Lunatic asylums Madras 1877-1891 - 1877-1891
Year: 1877
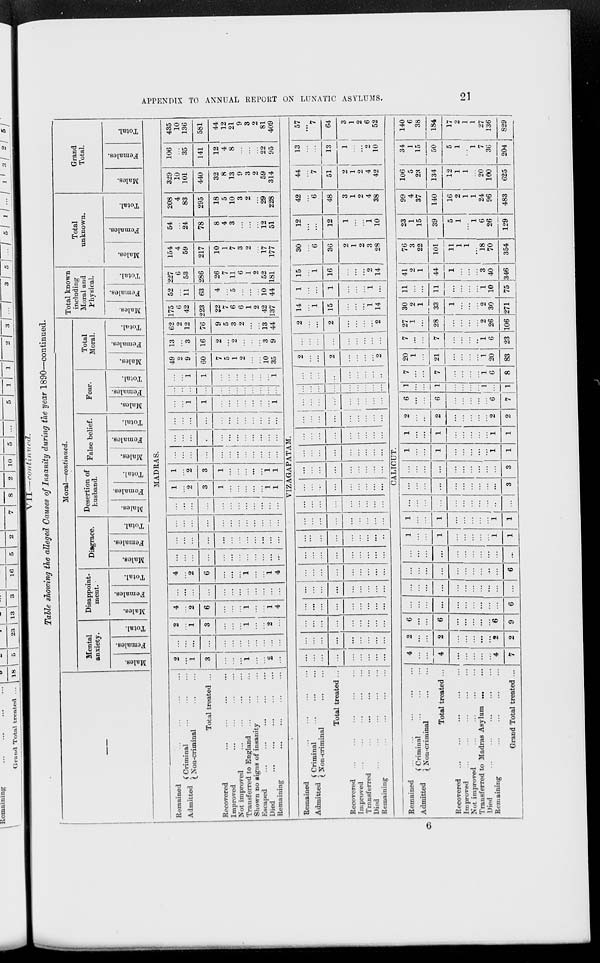
APPENDIX TO ANNUAL REPORT ON LUNATIC ASYLUMS.
21
VII—
continued.
Table showing the alleged Causes of Insanity during the year 1890—continued.
—
Moral—continued.
Mental
anxiety.
Males.
Females.
Total.
Disappoint-
ment.
Males.
Females.
Total.
Disgrace.
Males.
Females.
Total.
Desertion of
husband.
Males.
Females.
Total.
False belief.
Males.
Females.
Total.
Fear.
Males.
Females.
Total.
Total
Moral.
Males.
Females.
Total.
Total known
including
Moral and
Physical.
Males.
Females.
Total.
Total
unknown.
Males.
Females.
Total.
Grand
Total.
Males.
Females.
Total.
MADRAS.
Remained ... ... ... ...
Admitted Criminal
...
...
...
Non-criminal ... ...
Total treated ...
Recovered ... ... ... ...
Improved
...
...
...
...
Not improved
...
...
...
...
Transferred to England
...
...
...
Shown no signs of insanity ... ...
Escaped ... ... ... ... ...
Died ... ... ... ... ...
Remaining
...
...
...
...
2
...
1
3
...
...
...
1
...
...
2
...
...
...
...
...
...
...
...
...
...
...
...
...
2
...
1
3
...
...
...
1
...
...
2
...
4
...
2
6
...
...
...
1
...
...
1
4
...
...
...
...
...
...
...
...
...
...
...
...
4
...
2
6
...
...
...
1
...
...
1
4
...
...
...
...
...
...
...
...
...
...
...
...
...
...
...
...
...
...
...
...
...
...
...
...
...
...
...
...
...
...
...
...
...
...
...
...
...
...
...
...
...
...
...
...
...
...
...
...
1
...
2
3
1
...
...
...
...
...
1
1
1
...
2
3
1
...
...
...
...
...
1
1
...
...
...
...
...
...
...
...
...
...
...
...
...
...
...
...
...
...
...
...
...
...
...
...
...
...
...
...
...
...
...
...
...
...
...
...
...
...
1
1
...
...
...
...
...
...
...
1
...
...
...
...
...
...
...
...
...
...
...
...
...
...
1
1
...
...
...
...
...
...
...
1
49
2
9
60
7
5
1
2
...
...
10
35
13
...
3
16
2
...
2
...
...
...
3
9
62
2
12
76
9
5
3
2
...
...
13
44
175
6
42
223
22
7
6
6
1
2
42
137
52
...
11
63
4
...
5
...
...
...
10
44
227
6
53
286
26
7
11
6
1
2
52
181
154
4
59
217
10
1
7
3
2
...
17
177
54
...
24
78
8
4
3
...
...
...
12
51
208
4
83
295
18
5
10
3
2
...
29
228
329
10
101
440
32
8
13
9
3
2
59
314
106
...
35
141
12
4
8
...
...
...
22
95
435
10
136
581
44
12
21
9
3
2
81
409
VIZAGAPATAM.
Remained
...
...
...
...
Admitted Criminal ... ... ...
Non-criminal
...
...
Total treated ...
Recovered
...
...
...
...
...
Improved ... ... ... ... ...
Transferred
...
...
...
...
Died
...
...
...
...
...
Remaining
...
...
...
...
...
...
...
...
...
...
...
...
...
...
...
...
...
...
...
...
...
...
...
...
...
...
...
...
...
...
...
...
...
...
...
...
...
...
...
...
...
...
...
...
...
...
...
...
...
...
...
...
...
...
...
...
...
...
...
...
...
...
...
...
...
...
...
...
...
...
...
...
...
...
...
...
...
...
...
...
...
...
...
...
...
...
...
...
...
...
...
...
...
...
...
...
...
...
...
...
...
...
...
...
...
...
...
...
...
...
...
...
...
...
...
...
...
...
...
...
...
...
...
...
...
...
...
...
...
...
...
...
...
...
...
...
...
...
...
...
...
...
...
...
...
...
...
...
...
...
...
...
...
...
...
...
...
...
...
...
...
...
...
...
...
...
2
...
...
2
...
...
...
...
2
...
...
...
...
...
...
...
...
...
2
...
...
2
...
...
...
...
2
14
...
1
15
...
...
...
1
14
1
...
...
1
...
...
...
1
...
15
...
1
16
...
...
...
2
14
30
...
6
36
2
1
2
3
28
12
...
...
12
1
...
...
1
10
42
...
6
48
3
1
2
4
38
44
...
7
51
2
1
2
4
42
13
...
...
13
1
...
...
2
10
57
...
7
64
3
1
2
6
52
CALICUT.
Remained
...
...
...
...
...
Admitted
Criminal
...
...
...
Non-criminal
...
...
Total treated ...
Recovered ... ... ... ... ...
Improved
...
...
...
...
...
Not improved
...
...
...
...
Transferred to Madras Asylant ... ...
Died
...
...
...
...
...
Remaining
...
...
...
...
Grand Total treated ...
4
...
...
4
...
...
...
...
...
4
7
2
...
...
2
...
...
...
...
...
2
2
6
...
...
6
...
...
...
...
...
6
9
...
...
...
...
...
...
...
...
...
...
6
...
...
...
...
...
...
...
...
...
...
...
...
...
...
...
...
...
...
...
...
...
6
...
...
...
...
...
...
...
...
...
...
...
1
...
...
1
...
...
...
...
...
1
1
1
...
...
1
...
...
...
...
...
1
1
...
...
...
...
...
...
...
...
...
...
...
...
...
...
...
...
...
...
...
...
...
3
...
...
...
...
...
...
...
...
...
...
3
1
...
...
1
...
...
...
...
...
1
1
1
...
...
1
...
...
...
...
...
1
1
2
...
...
2
...
...
...
...
...
2
2
6
...
...
6
...
...
...
...
...
6
7
1
...
...
1
...
...
...
...
1
...
1
7
...
...
7
...
...
...
...
1
6
8
20
1
...
21
...
...
...
...
1
20
83
7
...
...
7
...
...
...
..
1
6
23
27
1
...
28
...
...
...
...
2
26
106
30
2
1
33
1
...
...
...
2
30
271
11
...
...
11
...
...
...
...
1
10
75
41
2
1
44
1
...
...
...
3
40
346
76
3
22
101
11
1
1
...
18
70
354
23
1
15
39
5
1
...
1
6
26
129
99
4
37
140
16
2
1
1
24
96
483
106
5
23
134
12
1
1
...
20
100
625
34
1
15
50
5
1
...
1
7
36
204
140
6
38
184
17
2
1
1
27
136
829
6